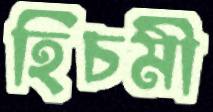
হিচমী